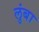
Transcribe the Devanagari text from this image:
लुंबा